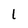
Character: 1